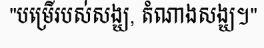
"បម្រើរបស់សង្ឃ, តំណាងសង្ឃ។"